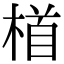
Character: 𪳂